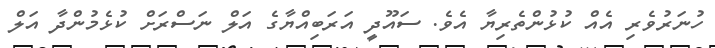
ހުނަރުވެރި އެއް ކުޅުންތެރިޔާ އެވެ. ސައޫދީ އަރަބިއްޔާގެ އަލް ނަސްރަށް ކުޅެމުންދާ އަލް